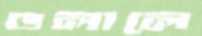
ডলালে